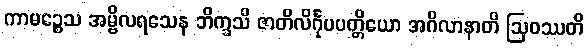
ကာမဉ္စေသ အမ္ဗိလရသေန ဘိက္ခသိ ဇာတိလိင်္ဂုပပတ္တိယော အဂိလာနာတိ ဩဝဿတိ